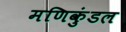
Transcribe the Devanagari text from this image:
मणिकुंडल